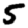
Digit: 5